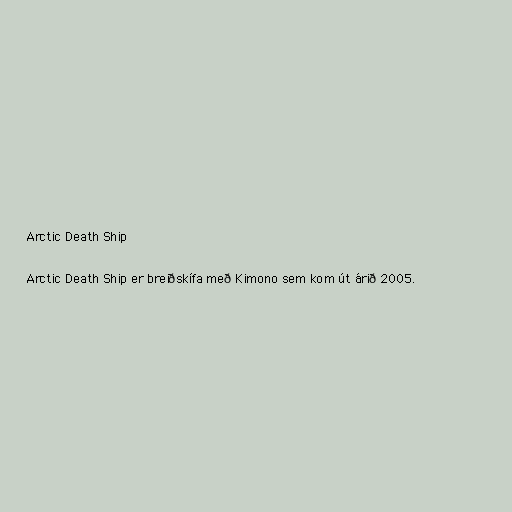
Arctic Death Ship

Arctic Death Ship er breiðskífa með Kimono sem kom út árið 2005.